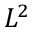
L ^ { 2 }